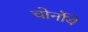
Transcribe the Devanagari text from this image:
चोर्नोये